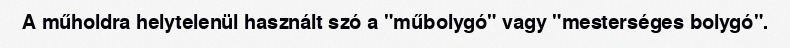
A műholdra helytelenül használt szó a "műbolygó" vagy "mesterséges bolygó".